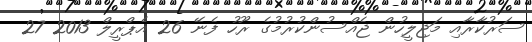
ސަރުކާރާއި މަޖިލީހުން ޖެއްސުންކުރުމުގެ ރޫހު ފެނޭ 26 އެޕްރީލް 2013 27